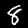
Label: 8